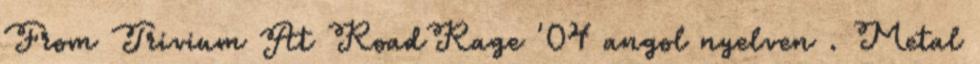
From Trivium At RoadRage '04 angol nyelven . Metal